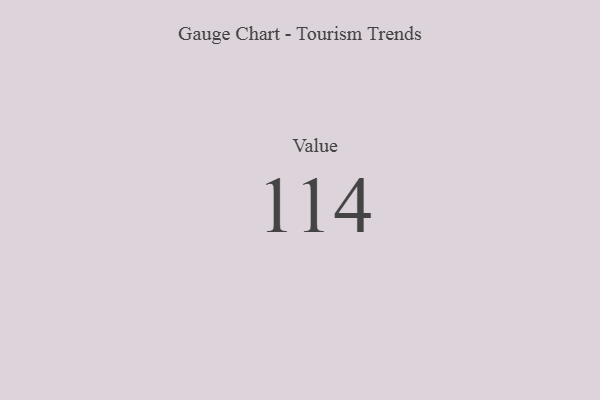
{"axis": {"x": "Metric", "y": "Value"}, "legend": [""], "data": [{"x": "Value", "y": 114, "type": ""}]}